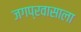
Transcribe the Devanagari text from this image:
जगप्रवासाला